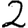
Digit: 2